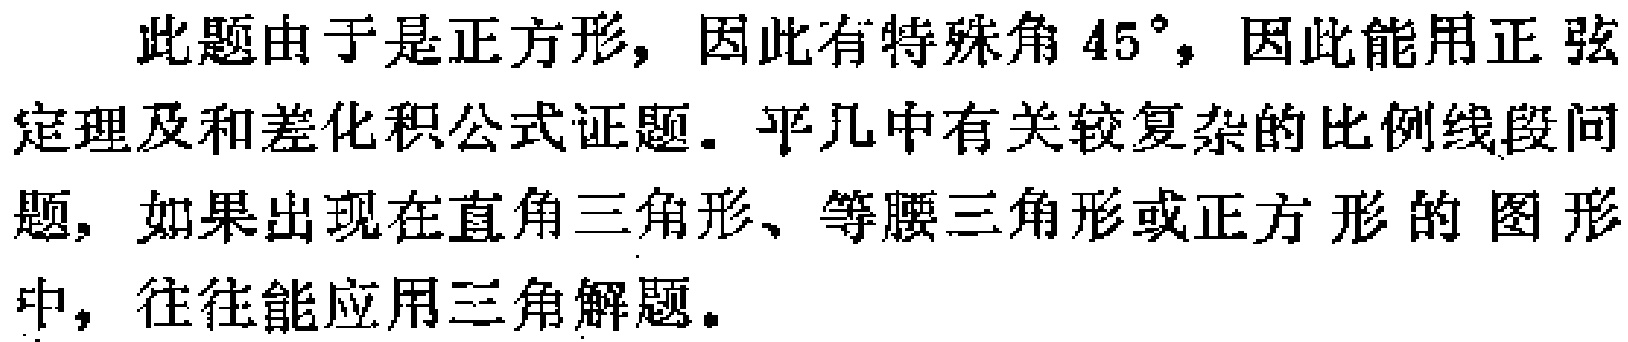
此题由于是正方形，因此有特殊角 \(45^{\circ}\)，因此能用正弦定理及和差化积公式证题。平几中有关较复杂的比例线段问题，如果出现在直角三角形、等腰三角形或正方形的图形中，往往能应用三角解题。